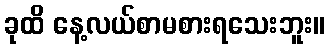
ခုထိ နေ့လယ်စာမစားရသေးဘူး။